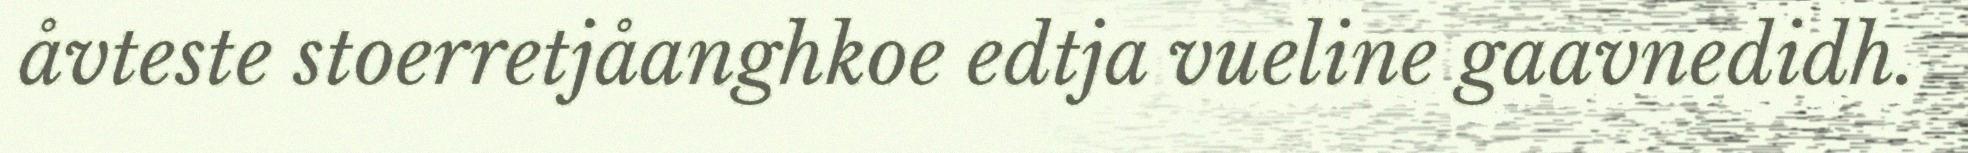
åvteste stoerretjåanghkoe edtja vueline gaavnedidh.